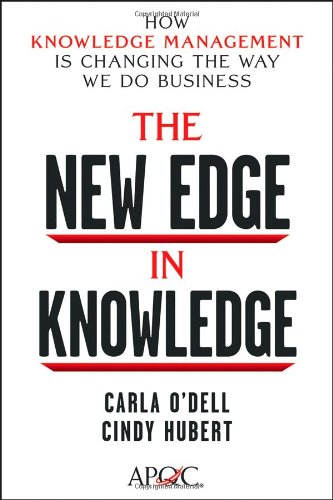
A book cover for The New Edge in Knowledge: How Knowledge Management Is Changing the Way We Do Business; Carla O'Dell; Business & Money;